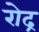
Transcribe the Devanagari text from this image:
रोद्र